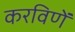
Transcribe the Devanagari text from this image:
करविणें